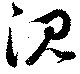
沈